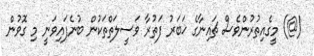
(@) މީގެއިތުރުންވެސް ޗައިނާގެ ޚަބަރު ފަތުރާ ވަސީލަތްތަކުން ބުނެފައިވަނީ މި ގޮވުން